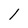
Character: 1